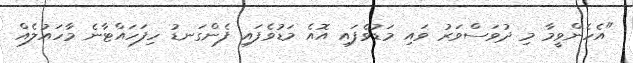
"އެހެންވީމާ މި ދުވަސްވަރު ވައި މަޑުވެފައި އޮއެ މަޑުވެފައި ފެންގަނޑު ހިފަހައްޓާނެ މާހައުލެއް